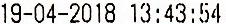
19-04-2018 13:43:54